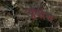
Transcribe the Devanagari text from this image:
अवीश्